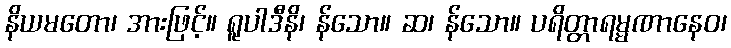
နိယမတော၊ အားဖြင့်။ ရူပါဒီနိ၊ န်သော။ ဆ၊ န်သော။ ပရိတ္တာရမ္မဏာနေဝ၊